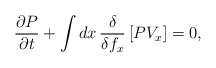
\begin{align*}\frac{\partial P}{\partial t} + \int dx\, \frac{\delta}{\delta f_x} \left[ PV_x\right] = 0 ,\end{align*}